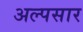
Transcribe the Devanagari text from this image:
अल्पसार